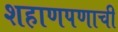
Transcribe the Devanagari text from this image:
शहाणपणाची